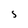
Character: S